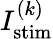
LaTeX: I_{\textrm{stim}}^{(k)}